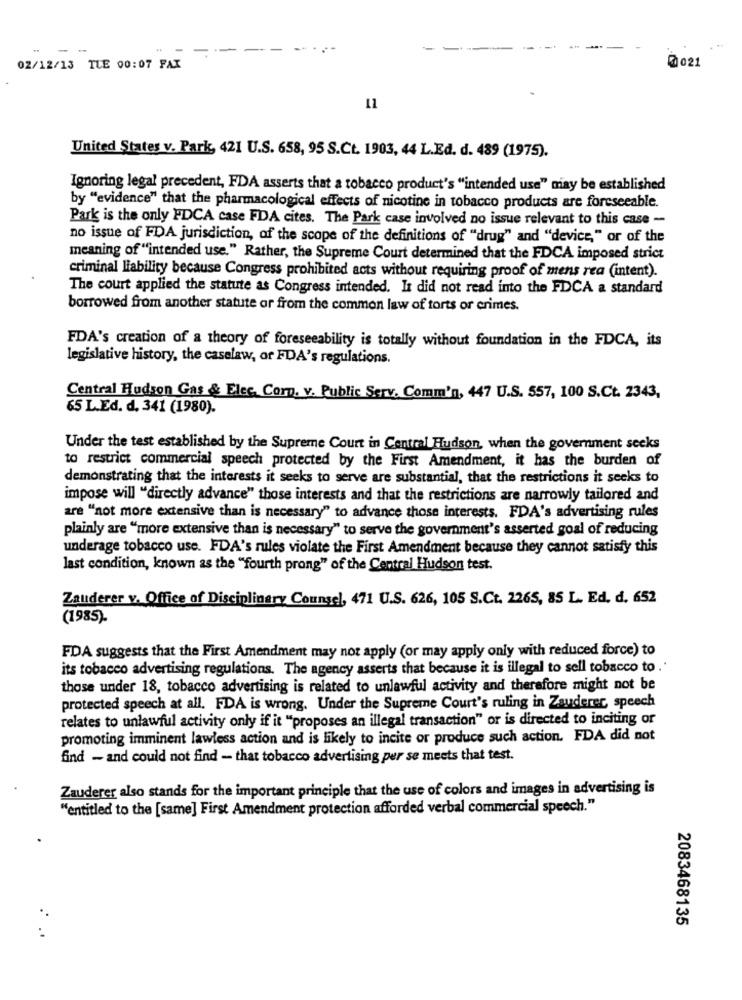
--
-
--
02/12/13 TLE 00:07 FAX
0021
11
United States v. Park, 421 U.S. 658, 95 S.Ct. 1903, 44 L.Ed. d. 489 (1975).
Ignoring legal precedent, FDA asserts that a tobacco product's "intended use" may be established
by "evidence" that the pharmacological effects of nicotine in tobacco products are foreseeable.
Park is the only FDCA case FDA cites. The Park case involved no issue relevant to this case -
no issue of FDA jurisdiction, of the scope of the definitions of "drug" and "device," or of the
meaning of "intended use." Rather, the Supreme Court determined that the FDCA imposed strict
criminal liability because Congress prohibited acts without requiring proof of mens rea (intent).
The court applied the statute as Congress intended. It did not read into the FDCA a standard
borrowed from another statute or from the common law of torts or crimes.
FDA's creation of a theory of foreseeability is totally without foundation in the FDCA, its
legislative history, the caselaw, or FDA's regulations.
Central Hudson Gas & Elec, Corn. v. Public Serv. Comm'n, 447 U.S. 557, 100 S.Ct. 2343,
65 L.Ed. d. 341 (1980).
Under the test established by the Supreme Court in Central Hudson, when the government seeks
to restrict commercial speech protected by the First Amendment, it has the burden of
demonstrating that the interests it seeks to serve are substantial, that the restrictions it seeks to
impose will "directly advance" those interests and that the restrictions are narrowly tailored and
are "not more extensive than is necessary" to advance those interests. FDA's advertising rules
plainly are "more extensive than is necessary" to serve the government's asserted goal of reducing
underage tobacco use. FDA's rules violate the First Amendment because they cannot satisfy this
last condition, known as the "fourth prong" of the Central Hudson test.
Zauderer v. Office of Disciplinary Counsel, 471 U.S. 626, 105 S.Ct. 2265, 85 L. Ed. d. 652
(1985).
FDA suggests that the First Amendment may not apply (or may apply only with reduced force) to
its tobacco advertising regulations. The agency asserts that because it is illegal to sell tobacco to .'
those under 18, tobacco advertising is related to unlawful activity and therefore might not be
protected speech at all. FDA is wrong. Under the Supreme Court's ruling in Zauderer, speech
relates to unlawful activity only if it "proposes an illegal transaction" or is directed to inciting or
promoting imminent lawless action and is likely to incite or produce such action. FDA did not
find - and could not find - that tobacco advertising per se meets that test.
Zauderer also stands for the important principle that the use of colors and images in advertising is
"entitled to the [same] First Amendment protection afforded verbal commercial speech."
2083468135